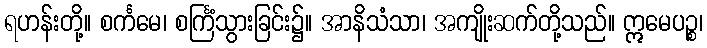
ရဟန်းတို့။ စင်္ကမေ၊ စင်္ကြံသွားခြင်း၌။ အာနိသံသာ၊ အကျိုးဆက်တို့သည်။ ဣမေပဉ္စ၊